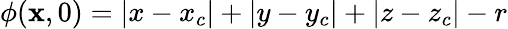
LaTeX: \phi(\mathbf{x},0)=|x-x_{c}|+|y-y_{c}|+|z-z_{c}|-r